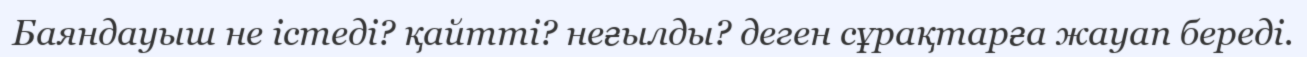
Баяндауыш не істеді? қайтті? неғылды? деген сұрақтарға жауап береді.